Lunatic asylums in Bengal annual reports 1899-1911 - 1899-1911
Year: 1899
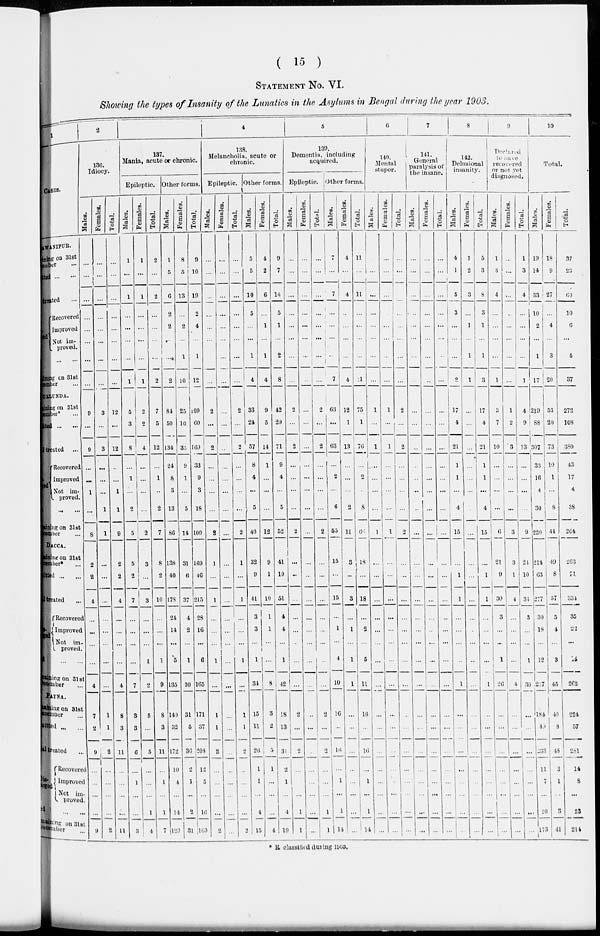
( 15 )
STATEMENT No. VI.
Showing the types of Insanity of the Lunatics in the Asylums in Bengal during the year 1903.
1
CASES.
BHAWANIPUR.
Remaining on 31st
December
...
Admitted ... ...
Total treated ...
Dis-
charged.
Recovered
Improved
Not im-
proved.
Died ... ...
Remaining
on 31st
December ...
DULLUNDA.
Remaining on 31st
December*...
Admitted ... ...
Total treated ...
Dis-
charged.
Recovered
Improved
Not im-
proved.
Died ... ...
Remaining on 31st
December ...
DACCA.
Remaining on 31st
December* ...
Admitted ... ...
Total treated ...
Dis-
charged.
Recovered
Improved
Not im-
proved.
Died ... ...
Remaining on 31st
December ...
PATNA.
Remaining
on 31st
December ...
Admitted ... ...
Total treated ...
Dis-
charged.
Recovered
Improved
Not im-
proved.
Died ... ...
Remaining on 31st
December ...
2
130.
Idiocy.
Males.
...
...
...
...
...
...
...
...
9
...
9
...
...
1
...
8
2
2
4
...
...
...
...
4
7
2
9
...
...
...
...
9
Females.
...
...
...
...
...
...
...
...
3
...
3
...
...
...
1
1
...
...
...
...
...
...
...
...
1
1
2
...
...
...
...
2
Total.
...
...
...
...
...
...
...
...
12
...
12
...
...
1
1
9
2
2
4
...
...
...
...
4
8
3
11
...
...
...
...
11
3
137.
Mania, acute or chronic.
Epileptic.
Males.
1
...
1
...
...
...
...
1
5
3
8
...
1
...
2
5
5
2
7
...
...
...
...
7
3
3
6
...
1
...
...
3
Females.
1
...
1
...
...
...
...
1
2
2
4
...
...
...
...
2
3
...
3
...
...
...
1
2
5
...
5
...
...
...
1
4
Total.
2
...
2
...
...
...
...
2
7
5
12
...
1
...
2
7
8
2
10
...
...
...
1
9
8
3
11
...
1
...
1
7
Other forms.
Males.
1
5
6
2
2
...
...
2
84
50
134
24
8
3
13
86
138
40
178
24
14
...
5
135
140
32
172
10
4
...
14
129
Females.
8
5
13
...
2
...
1
10
25
10
35
9
1
...
5
14
31
6
37
4
2
...
1
30
31
5
36
2
1
...
2
31
Total.
9
10
19
2
4
...
1
12
109
60
169
33
9
3
18
100
109
46
215
28
16
...
6
165
171
37
208
12
5
...
16
169
4
138.
Melancholia, acute or
chronic.
Epileptic.
Males.
...
...
...
...
...
...
...
...
2
...
2
...
...
...
...
2
1
...
1
...
...
...
1
...
1
1
2
...
...
...
...
2
Females.
...
...
...
...
...
...
...
...
...
...
...
...
...
...
...
...
...
...
...
...
...
...
...
...
...
...
...
...
...
...
...
...
Total.
...
...
...
...
...
...
...
...
2
...
2
...
...
...
...
2
1
...
1
...
...
...
1
...
1
1
2
...
...
...
...
2
Other forms.
Males.
5
5
10
5
...
...
1
4
33
24
57
8
4
...
5
40
32
9
41
3
3
...
1
34
15
11
26
1
1
...
4
15
Females.
4
2
6
...
1
...
1
4
9
5
14
1
...
...
...
12
9
1
10
1
1
...
...
8
3
2
5
1
...
...
...
4
Total.
9
7
16
5
1
...
2
8
42
29
71
9
4
...
5
52
41
10
51
4
4
...
1
42
18
13
31
2
1
...
4
19
5
139.
Dementia, including
acquired.
Epileptic.
Males.
...
...
...
...
...
...
...
...
2
...
2
...
...
...
...
2
...
...
...
...
...
...
...
...
2
...
2
...
...
...
1
1
Females.
...
...
...
...
...
...
...
...
...
...
...
...
...
...
...
...
...
...
...
...
...
...
...
...
...
...
...
...
...
...
...
...
Total.
...
...
...
...
...
...
...
...
2
...
2
...
...
...
...
2
...
...
...
...
...
...
...
...
2
...
2
...
...
...
1
1
Other forms.
Males.
7
...
7
...
...
...
...
7
63
...
63
...
2
...
6
55
15
...
15
...
1
...
4
10
16
...
16
...
1
...
1
14
Females.
4
...
4
...
...
...
1
4
12
1
13
...
...
...
2
11
3
...
3
...
1
...
1
1
...
...
...
...
...
...
...
...
Total.
11
...
1 1
...
...
...
1
11
75
1
76
...
2
...
8
66
18
...
18
...
2
...
5
11
16
...
16
...
1
...
1
14
6
140.
Mental
stupor.
Males.
...
...
...
...
...
...
...
...
1
...
1
...
...
...
...
1
...
...
...
...
...
...
...
...
...
...
...
...
...
...
...
...
Females.
...
...
...
...
...
...
...
...
1
...
1
...
...
...
...
1
...
...
...
...
...
...
...
...
...
...
...
...
...
...
...
...
Total.
...
...
...
...
...
...
...
...
2
...
2
...
...
...
...
2
...
...
...
...
...
...
...
...
...
...
...
...
...
...
...
...
7
141.
General
paralysis of
the insane.
Males.
...
...
...
...
...
...
...
...
...
...
...
...
...
...
...
...
...
...
...
...
...
...
...
...
...
...
...
...
...
...
...
...
Females.
...
...
...
...
...
...
...
...
...
...
...
...
...
...
...
...
...
...
...
...
...
...
...
...
...
...
...
...
...
...
...
...
Total.
...
...
...
...
...
...
...
...
...
...
...
...
...
...
...
...
...
...
...
...
...
...
...
...
...
...
...
...
...
...
...
...
8
142.
Delusional
insanity.
Males.
4
1
5
3
...
...
...
2
17
4
21
1
1
...
4
15
...
1
1
...
...
...
...
1
...
...
...
...
...
...
...
...
Females.
7
2
3
...
1
...
1
1
...
...
...
...
...
...
...
...
...
...
...
...
...
...
...
...
...
...
...
...
...
...
...
...
Total.
5
3
8
3
1
...
1
3
17
4
21
1
1
...
4
15
...
1
1
...
...
...
...
1
...
...
...
...
...
...
...
...
9
Declared
to have
recovered
or not yet
diagnosed.
Males.
1
3
4
...
...
...
...
1
3
7
10
...
...
...
...
6
21
9
30
3
...
...
1
26
...
...
...
...
...
...
...
...
Females.
...
...
...
...
...
...
...
...
1
2
3
...
...
...
...
3
3
1
4
...
...
...
...
4
...
...
...
...
...
...
...
...
Total.
1
3
4
...
...
...
...
1
4
9
13
...
...
...
...
9
24
10
34
3
...
...
1
30
...
...
...
...
...
...
...
...
10
Total.
Males.
19
14
33
10
2
...
1
17
219
88
307
33
16
4
30
220
214
63
277
30
18
...
12
217
184
49
233
11
7
...
20
173
Females.
18
9
27
...
4
...
3
20
53
20
73
10
1
...
8
44
49
8
57
5
4
...
3
45
40
8
48
3
1
...
3
41
T o t a l .
37
23
60
10
6
...
4
37
272
108
380
43
17
4
38
264
263
71
334
35
22
...
15
262
224
57
281
14
8
...
23
214
* Reclassified during 1903.